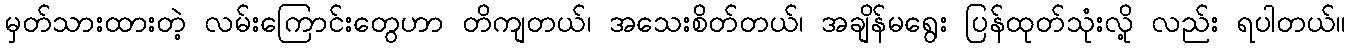
မှတ်သားထားတဲ့ လမ်းကြောင်းတွေဟာ တိကျတယ်၊ အသေးစိတ်တယ်၊ အချိန်မရွေး ပြန်ထုတ်သုံးလို့ လည်း ရပါတယ်။